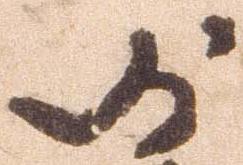
沙